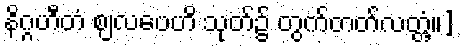
နိဂ္ဂဟီတံ ဈလပေဟိ သုတ်၌ တွက်တတ်လတ္တံ့။]